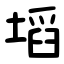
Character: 塪